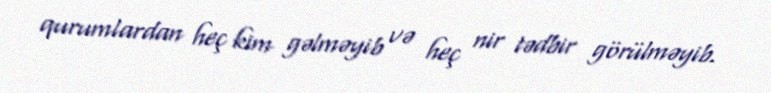
qurumlardan heç kim gəlməyib və heç nir tədbir görülməyib.